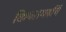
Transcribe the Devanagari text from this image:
किया।महर्षि